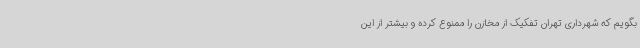
بگویم که شهرداری تهران تفکیک از مخازن را ممنوع کرده و بیشتر از این